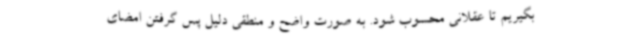
بگیریم تا عقلانی محسوب شود. به صورت واضح و منطقی دلیل پس گرفتن امضای